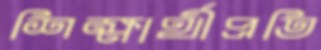
শিক্ষার্থীপ্রতি